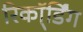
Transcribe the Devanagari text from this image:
रिकॉ्र्डिंग